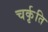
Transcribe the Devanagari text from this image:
चर्कृति